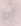
إن